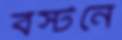
বস্টনে